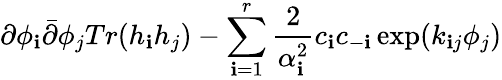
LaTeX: \partial\phi_{\mathbf{i}}\bar{{\partial}}\phi_{j}Tr(h_{\mathbf{i}}h_{j})-\sum_{\mathbf{i}=1}^{r}\frac{{2}}{{\alpha_{\mathbf{i}}^{2}}}c_{\mathbf{i}}c_{-\mathbf{i}}\exp(k_{\mathbf{i}j}\phi_{j})